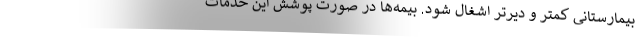
بیمارستانی کمتر و دیرتر اشغال شود. بیمه‌ها در صورت پوشش این خدمات